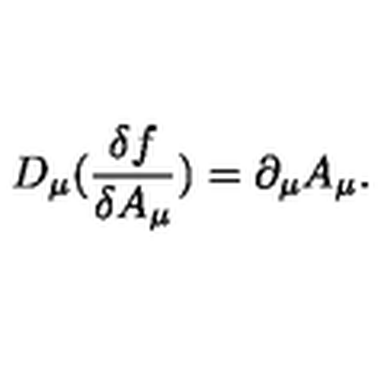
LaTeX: D _ { \mu } ( \frac { \delta f } { \delta A _ { \mu } } ) = \partial _ { \mu } A _ { \mu } .